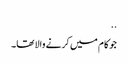
..
جو کام میں کرنے والا تھا۔